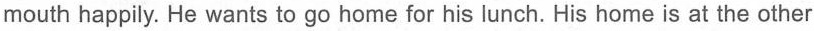
mouth happily. He wants to go home for his lunch. His home is at the other